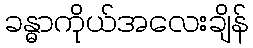
ခန္ဓာကိုယ်အလေးချိန်